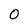
Character: O